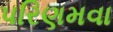
પરિણમવા